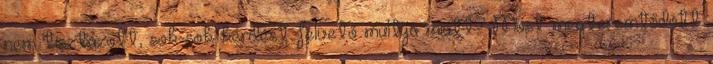
nem tisztázott, sok-sok kérdést felvető múltja miatt? Most megteremtődött